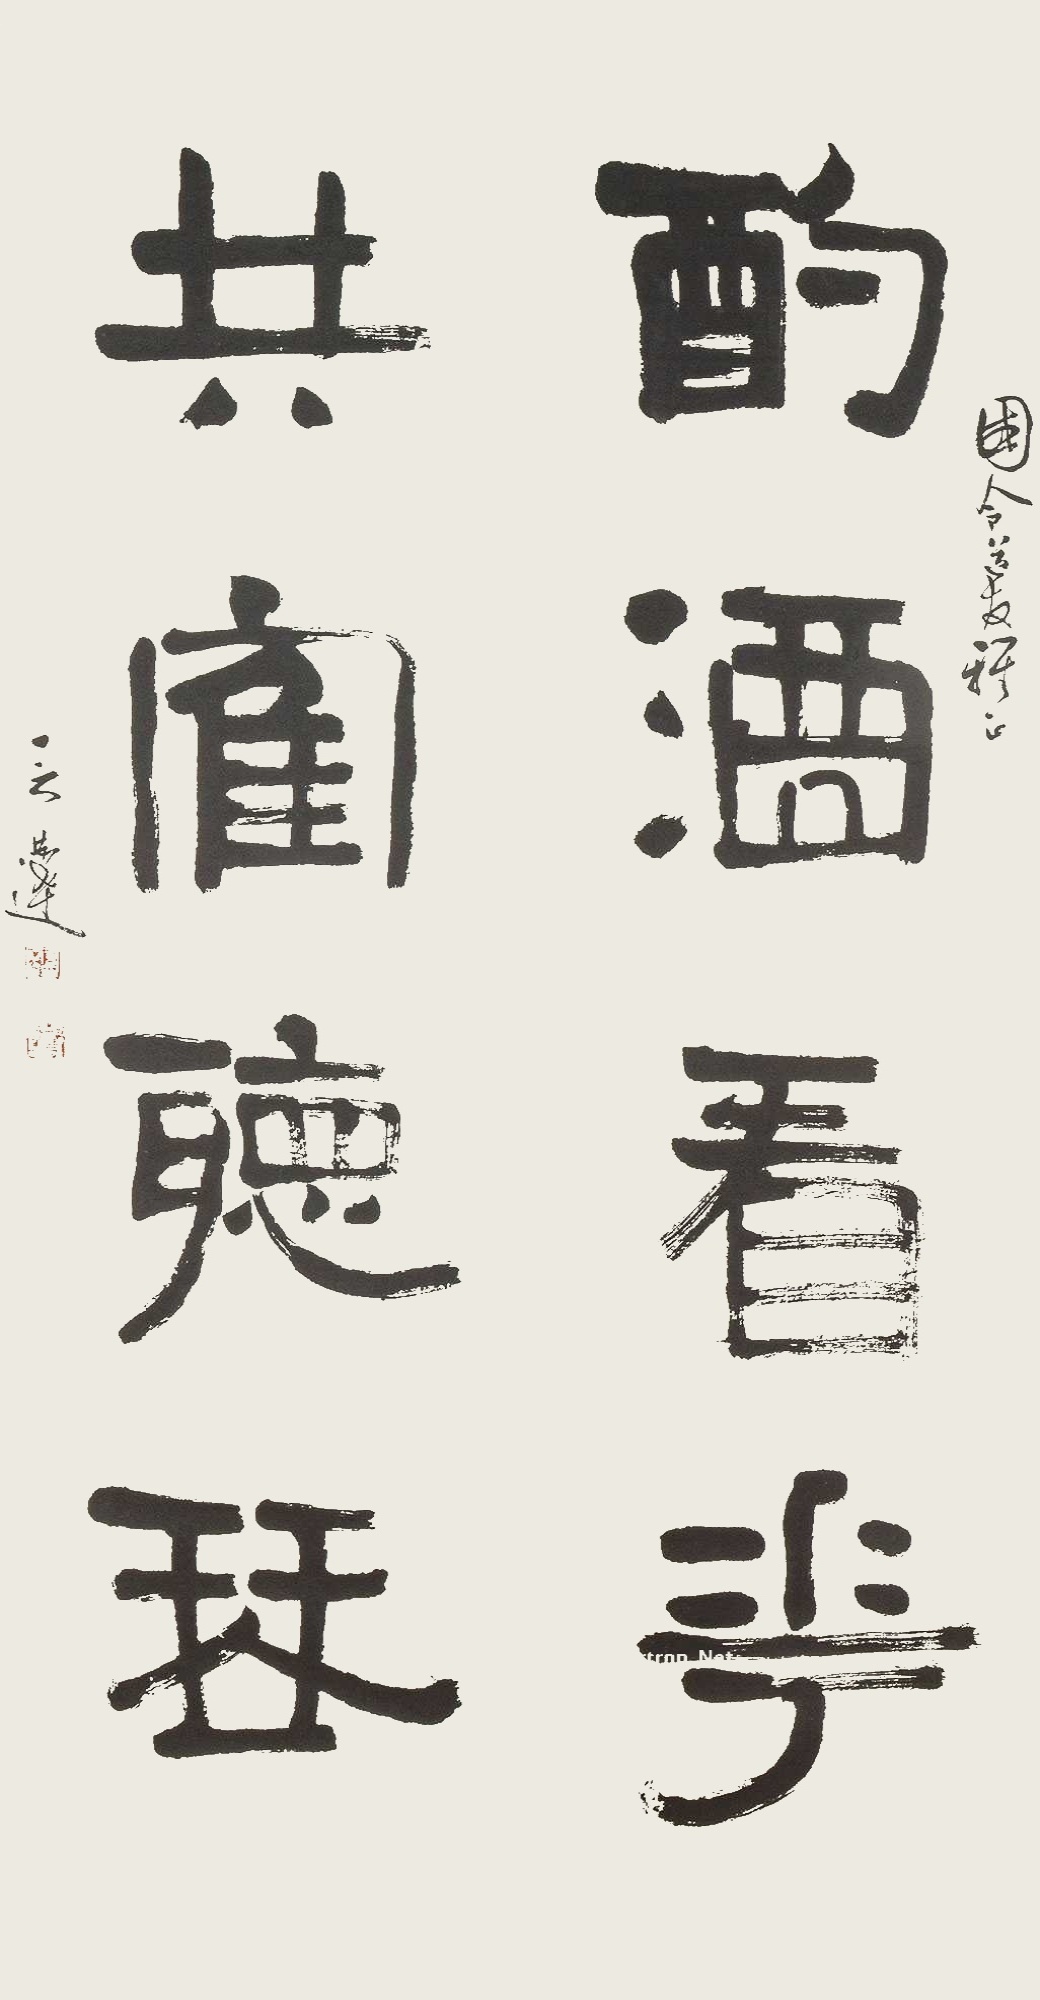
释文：酌酒看花，共鹤听琴。国令道友雅正，言恭达。